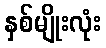
နှစ်မျိုးလုံး